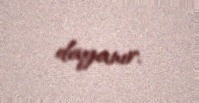
dayanır.